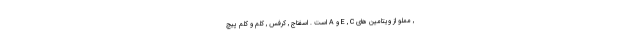
, مملو از ویتامین های E , C و A است . اسفناج , کرفس , کلم و کلم پیچ